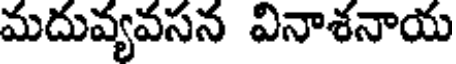
మదువ్యవసన వినాశనాయ